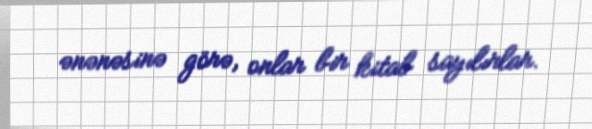
ənənəsinə görə, onlar bir kitab sayılırlar.